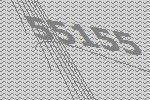
55155